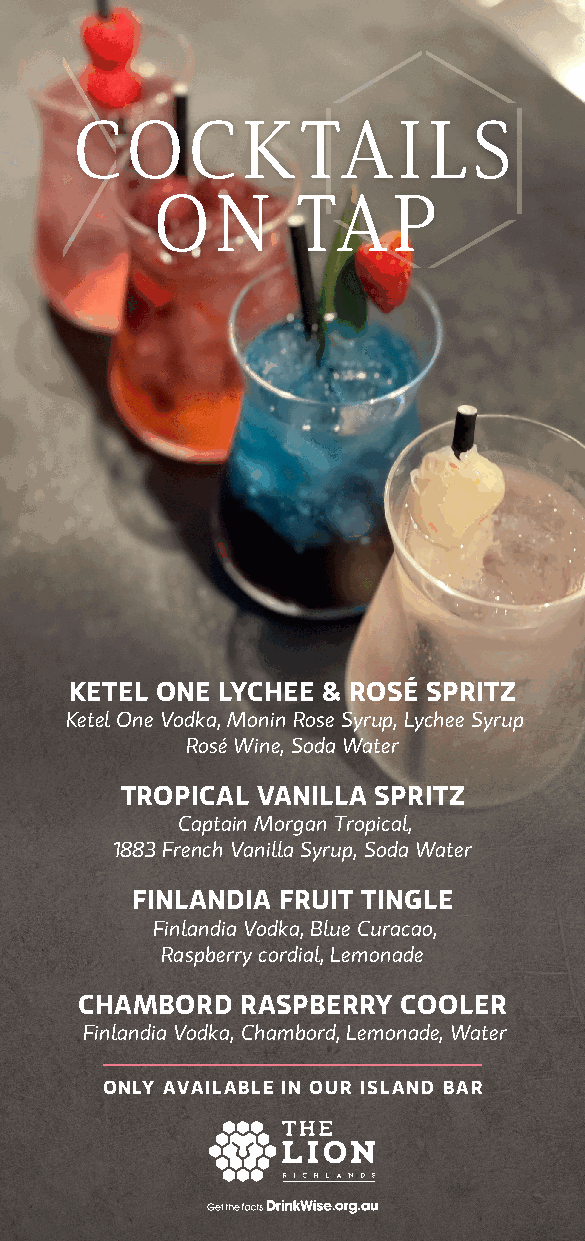
COCKTAILS
 ON        TAP
 KETEL ONE LYCHEE & ROSÉ SPRITZ
 Ketel One Vodka, Monin Rose Syrup, Lychee Syrup
 Rosé Wine, Soda Water
 TROPICAL VANILLA SPRITZ
 Captain Morgan Tropical,
 1883 French Vanilla Syrup, Soda Water
 FINLANDIA FRUIT TINGLE
 Finlandia Vodka, Blue Curacao,
 Raspberry cordial, Lemonade
 CHAMBORD   RASPBERRY  COOLER
 Finlandia Vodka, Chambord, Lemonade, Water
 ONLY AVAILABLE IN OUR ISLAND BAR